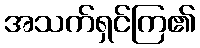
အသက်ရှင်ကြ၏